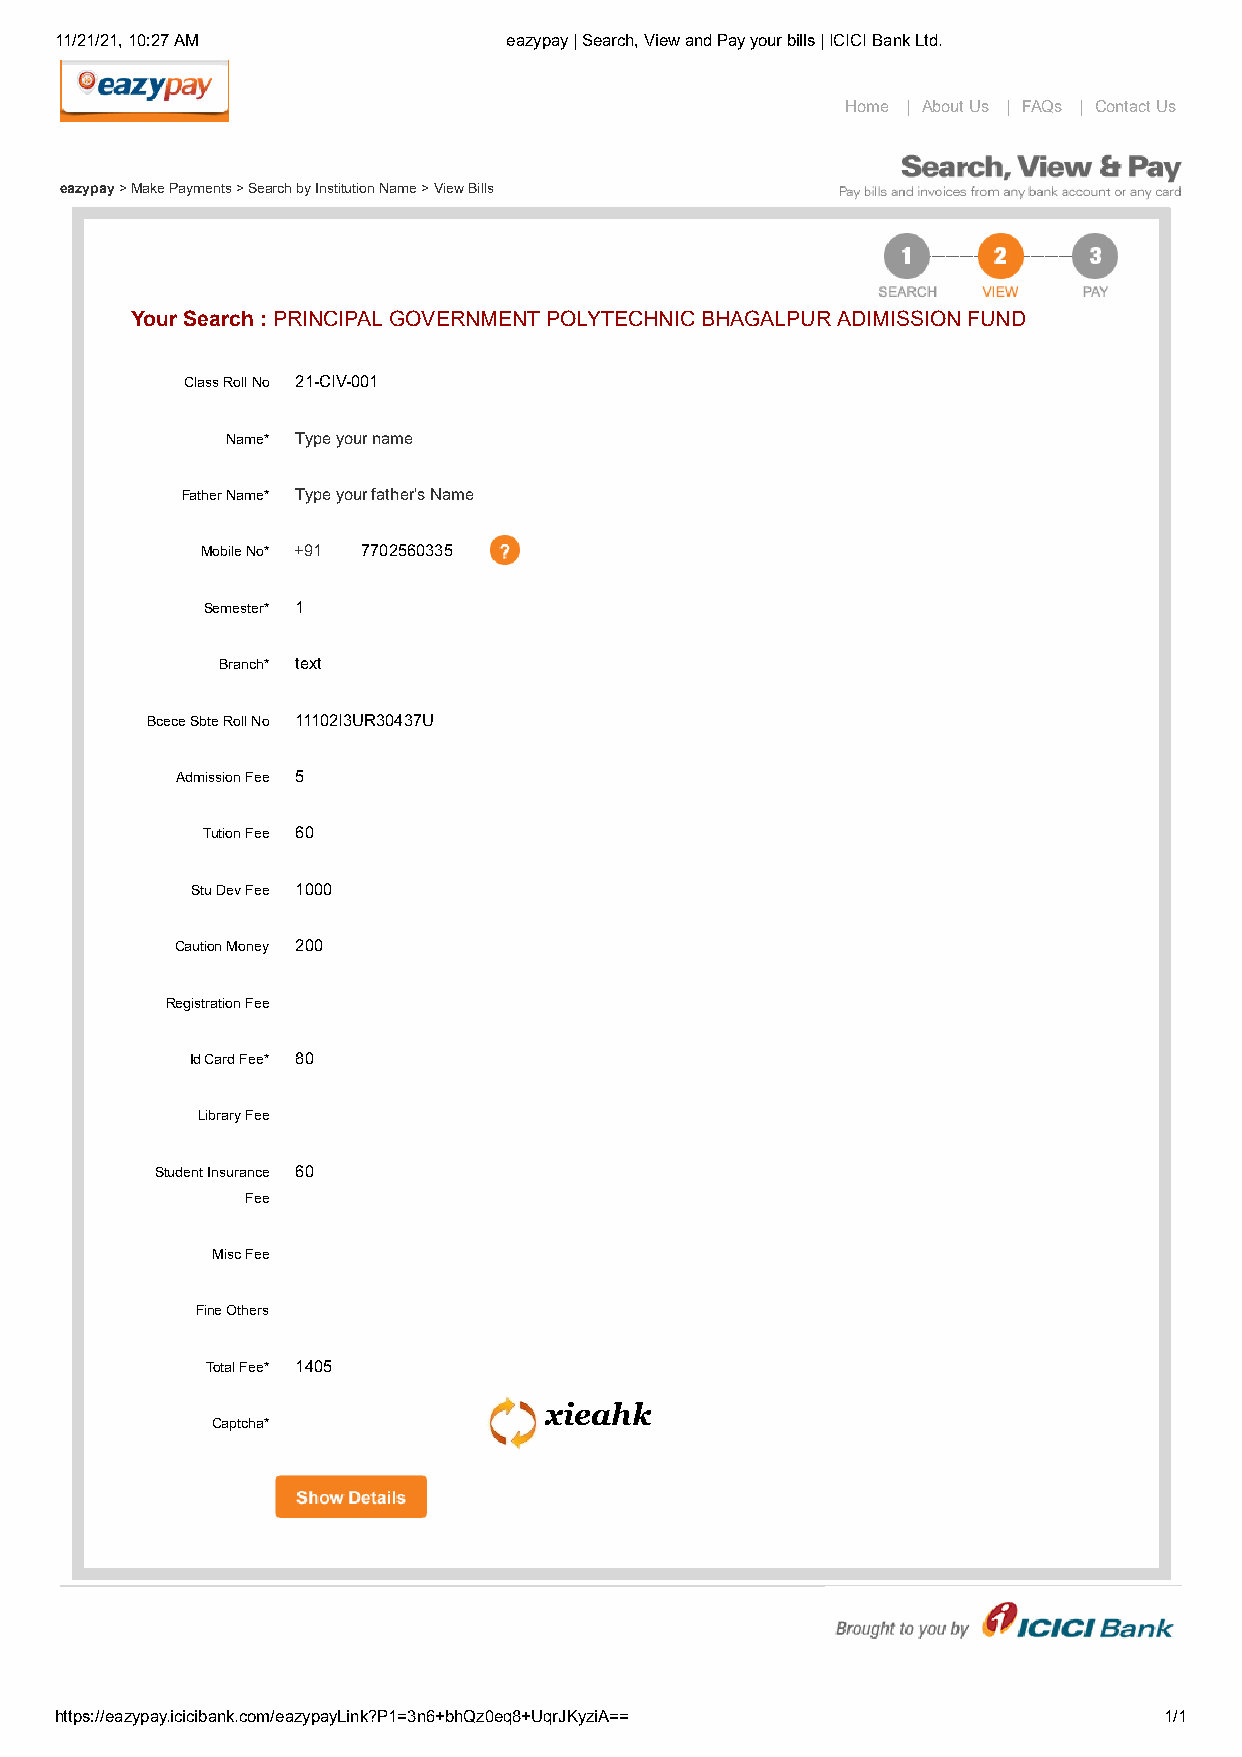
11/21/21, 10:27 AM            eazypay | Search, View and Pay your bills | ICICI Bank Ltd.
 Home | About Us | FAQs | Contact Us
 eazypay > Make Payments > Search by Institution Name > View Bills
 Your Search : PRINCIPAL GOVERNMENT POLYTECHNIC BHAGALPUR ADIMISSION FUND
 Class Roll No 21-CIV-001
 Name* Type your name
 Father Name* Type your father's Name
 Mobile No* +91 7702560335
 Semester* 1
 Branch* text
 Bcece Sbte Roll No 11102I3UR30437U
 Admission Fee 5
 Tution Fee 60
 Stu Dev Fee 1000
 Caution Money 200
 Registration Fee
 Id Card Fee* 80
 Library Fee
 Student Insurance 60
 Fee
 Misc Fee
 Fine Others
 Total Fee* 1405
 xieahk
 Captcha*
 https://eazypay.icicibank.com/eazypayLink?P1=3n6+bhQz0eq8+UqrJKyziA==    1/1